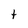
Character: t